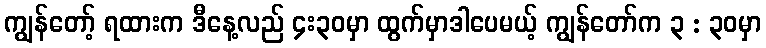
ကျွန်တော့် ရထားက ဒီနေ့လည် ၄း၃၀မှာ ထွက်မှာဒါပေမယ့် ကျွန်တော်က ၃ : ၃၀မှာ